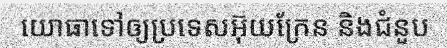
យោធាទៅឲ្យប្រទេសអ៊ុយក្រែន និងជំនួប